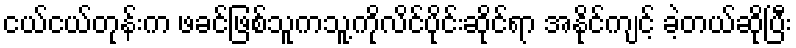
ငယ်ငယ်တုန်းက ဖခင်ဖြစ်သူကသူ့ကိုလိင်ပိုင်းဆိုင်ရာ အနိုင်ကျင့် ခဲ့တယ်ဆိုပြီး